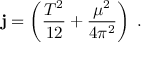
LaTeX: { \bf j } = \left( { \frac { T ^ { 2 } } { 1 2 } } + { \frac { \mu ^ { 2 } } { 4 \pi ^ { 2 } } } \right) { \bf \Omega } .